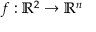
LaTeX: f : \mathbb { R } ^ { 2 } \to \mathbb { R } ^ { n }